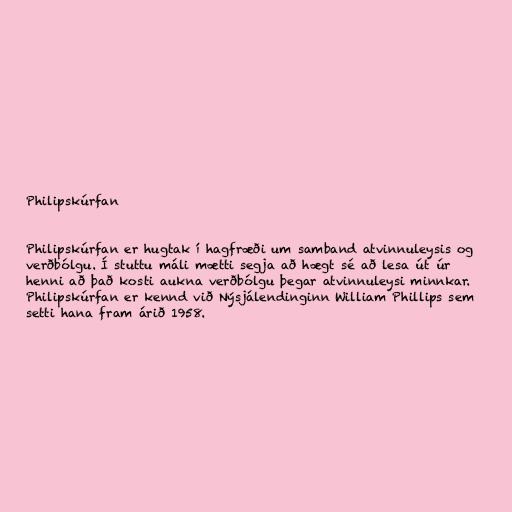
Philipskúrfan

Philipskúrfan er hugtak í hagfræði um samband atvinnuleysis og
verðbólgu. Í stuttu máli mætti segja að hægt sé að lesa út úr
henni að það kosti aukna verðbólgu þegar atvinnuleysi minnkar.
Philipskúrfan er kennd við Nýsjálendinginn William Phillips sem
setti hana fram árið 1958.